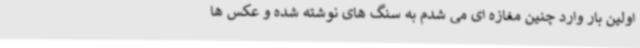
اولین بار وارد چنین مغازه ای می شدم به سنگ های نوشته شده و عکس ها